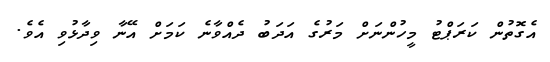
އެގޮތުން ކަރަޕްޓު މީހުންނަށް މަރުގެ އަދަބު ދެއްވާނެ ކަމަށް އޭނާ ވިދާޅުވި އެވެ.